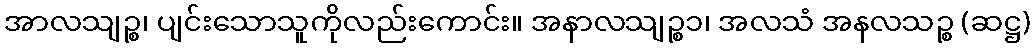
အာလသျဉ္စ၊ ပျင်းသောသူကိုလည်းကောင်း။ အနာလသျဉ္စ၁၊ အလသံ အနလသဉ္စ (ဆဋ္ဌ)